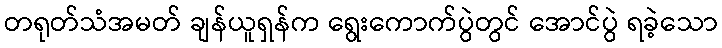
တရုတ်သံအမတ် ချန်ယူရှန်က ရွေးကောက်ပွဲတွင် အောင်ပွဲ ရခဲ့သော